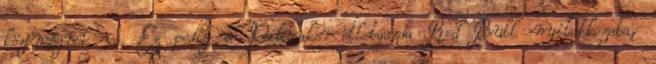
közönségnek is. Ez pedig a Pilvaker-ötletgazda Red Bull nyilatkozata,